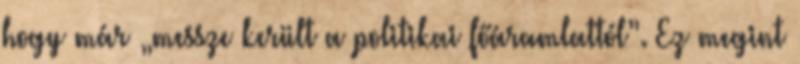
hogy már „messze került a politikai főáramlattól”. Ez megint